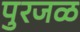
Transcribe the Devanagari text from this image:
पुरजळ